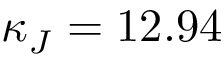
\kappa _ { J } = 1 2 . 9 4